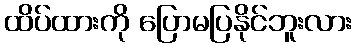
ထိပ်ထားကို ပြောမပြနိုင်ဘူးလား